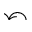
\curvearrowleft